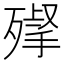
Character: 𣩌